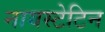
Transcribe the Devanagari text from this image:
नायस्टेटिन